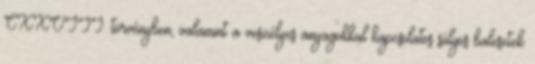
CXXVIII. törvényben, valamint a veszélyes anyagokkal kapcsolatos súlyos balesetek